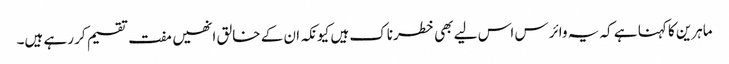
ماہرین کا کہنا ہے کہ یہ وائرس اس لیے بھی خطرناک ہیں کیونکہ ان کے خالق انھیں مفت تقسیم کر رہے ہیں۔